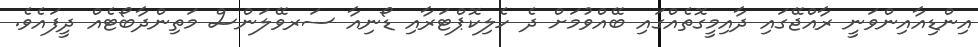
އިންޑިއާއިންވަނީ ރާއްޖޭގައި ދާއިމީގޮތެއްގައި ބޭއްވުމަށް ދެ ހެލިކޮޕްޓަރާއި ޑޯނިއާ ސަރވޭލަންސް މަތިންދާބޯޓެއް ދީފައެވެ.